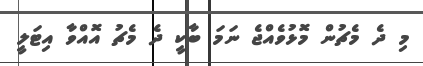
މި ދެ މެޗުން މޮޅުވެއްޖެ ނަމަ ބާކީ ދެ މެޗު އޮއްވާ އިޓަލީ